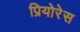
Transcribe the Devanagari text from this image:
प्रियोरेस